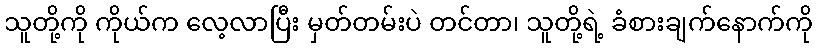
သူတို့ကို ကိုယ်က လေ့လာပြီး မှတ်တမ်းပဲ တင်တာ၊ သူတို့ရဲ့ ခံစားချက်နောက်ကို